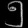
Digit: ၅